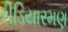
રીડિયારમણ